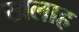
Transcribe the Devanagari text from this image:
खलाह